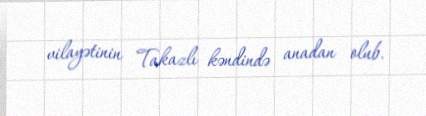
vilayətinin Takazlı kəndində anadan olub.